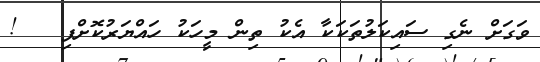
ވަގަށް ނެގި ސައިކަލުތަކަކާ އެކު ތިން މީހަކު ހައްޔަރުކޮށްފި   !